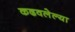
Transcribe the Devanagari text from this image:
कढवलेल्या